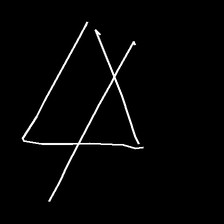
Glyph: empower